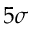
5 \sigma